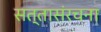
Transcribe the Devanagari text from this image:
सत्तासंरचना